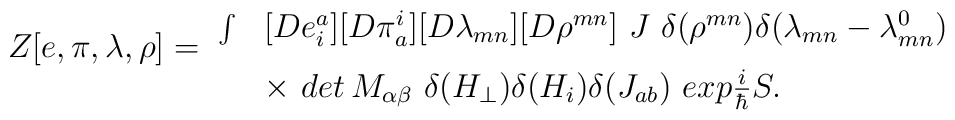
\begin{array}{ll}\begin{array}{l}\\ Z[e,\pi ,\lambda ,\rho ]= \\ \end{array}\int  & [De_{i}^{a}][D\pi _{a}^{i}][D\lambda _{mn}][D\rho ^{mn}]\ J\ \delta(\rho ^{mn})\delta (\lambda _{mn}-\lambda _{mn}^{0}) \\ & \times \,\,det\,M_{\alpha \beta }\ \delta (H_{\perp })\delta (H_{i})\delta(J_{ab})\ exp\frac{i}{\hbar }S.\end{array}